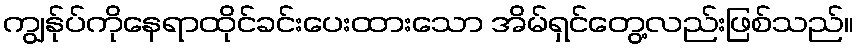
ကျွန်ုပ်ကိုနေရာထိုင်ခင်းပေးထားသော အိမ်ရှင်တွေ့လည်းဖြစ်သည်။